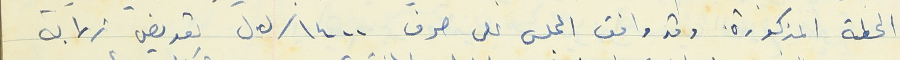
المحطة المذكورة. وقد وافق المجلس على صرف ١٤٠٠/ ل.ل تعويض زرابة